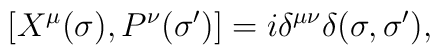
[X^{\mu}(\sigma),P^{\nu}(\sigma')]=i\delta^{\mu\nu}\delta(\sigma,\sigma'),